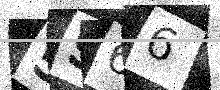
Text: 5S66